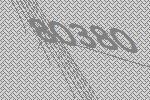
80380